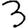
Digit: 3